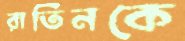
রাতিনকে